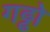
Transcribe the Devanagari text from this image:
गढ्ढो